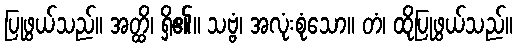
ပြုဖွယ်သည်။ အတ္ထိ၊ ရှိ၏။ သဗ္ဗံ၊ အလုံးစုံသော။ တံ၊ ထိုပြုဖွယ်သည်။